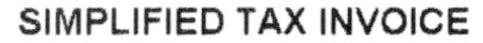
SIMPLIFIED TAX INVOICE